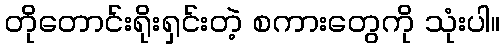
တိုတောင်းရိုးရှင်းတဲ့ စကားတွေကို သုံးပါ။